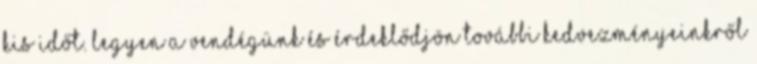
kis időt. Legyen a Vendégünk és érdeklődjön további kedvezményeinkről